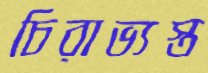
চিরাভ্যস্ত